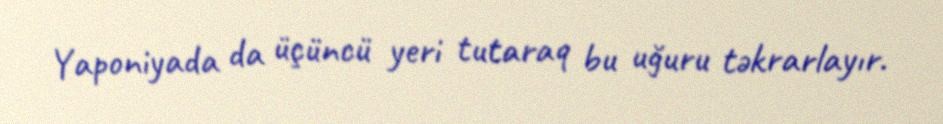
Yaponiyada da üçüncü yeri tutaraq bu uğuru təkrarlayır.